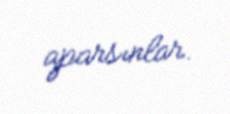
aparsınlar.